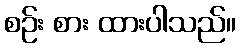
စဉ်း စား ထားပါသည်။